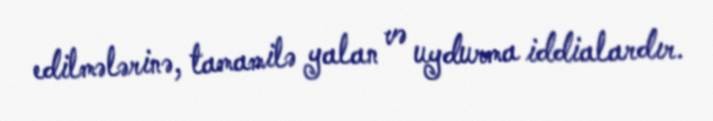
edilmələrinə, tamamilə yalan və uydurma iddialardır.